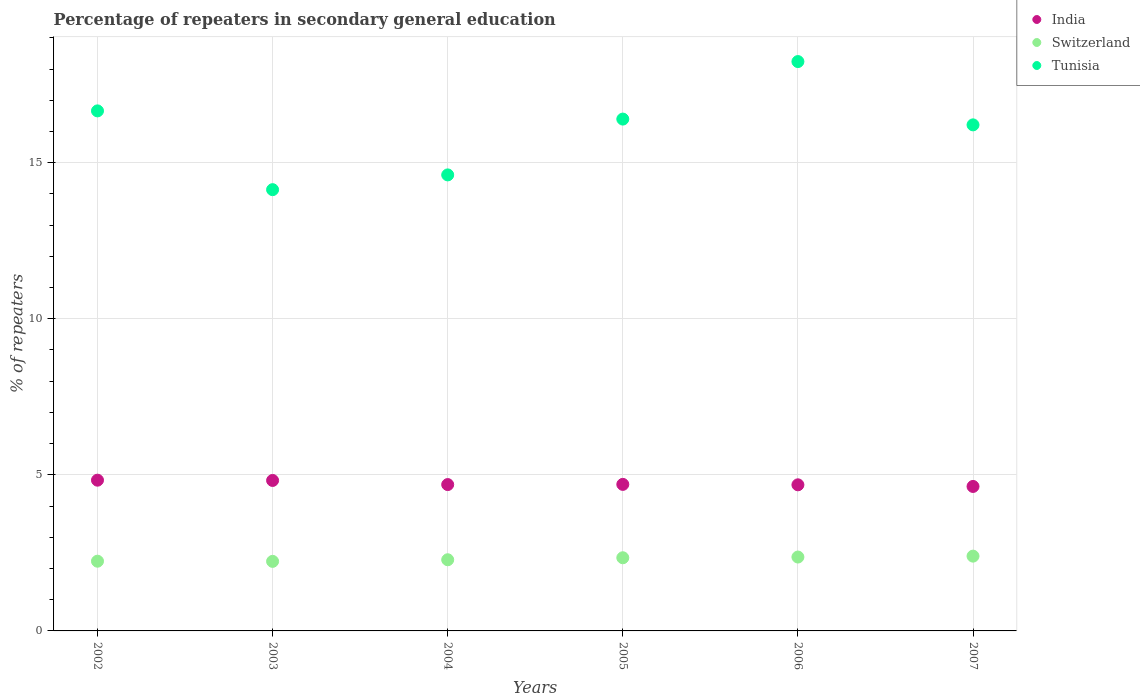
| Years | India | Switzerland | Tunisia |
 | --- | --- | --- | --- |
 | 2002 | 4.83 | 2.23 | 16.7 |
 | 2003 | 4.82 | 2.23 | 14.1 |
 | 2004 | 4.69 | 2.28 | 14.6 |
 | 2005 | 4.69 | 2.34 | 16.4 |
 | 2006 | 4.68 | 2.37 | 18.2 |
 | 2007 | 4.63 | 2.4 | 16.2 |